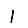
Digit: 1